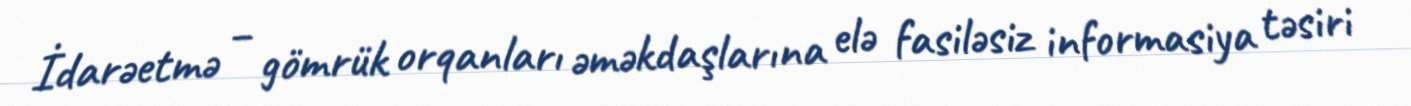
İdarəetmə – gömrük orqanları əməkdaşlarına elə fasiləsiz informasiya təsiri